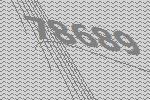
78689